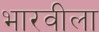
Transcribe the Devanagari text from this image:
भारवीला